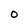
Character: O